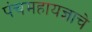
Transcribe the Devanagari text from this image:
पंचमहायज्ञाचे